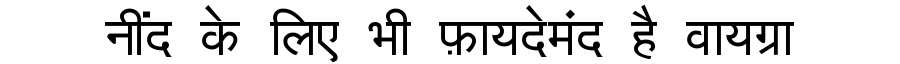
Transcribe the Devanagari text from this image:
नींद के लिए भी फ़ायदेमंद है वायग्रा